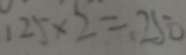
1 2 5 \times 2 = 2 5 0